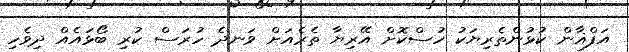
އަފްޣާން ކުޅުންތެރިޔަކު ހުސްކޮށް އޭރިޔާ ތެރެއަށް ވަނދެ ހުރަސް ކުރި ބޯޅައެއް ދިވެހި